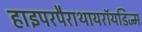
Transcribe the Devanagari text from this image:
हाइपरपैराथायरॉयडिज्म